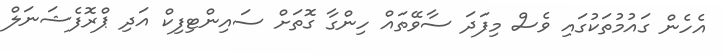
އެހެން ގައުމުތަކުގައި ވެސް މިފަދަ ސާވޭތައް ހިންގާ ގޮތަށް ސައިންޓިފިކް އަދި ޕްރޮފެޝަނަލް